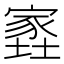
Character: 𡑫